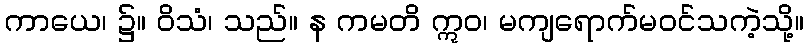
ကာယေ၊ ၌။ ဝိသံ၊ သည်။ န ကမတိ ဣဝ၊ မကျရောက်မဝင်သကဲ့သို့။